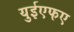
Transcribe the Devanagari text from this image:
युईएफए